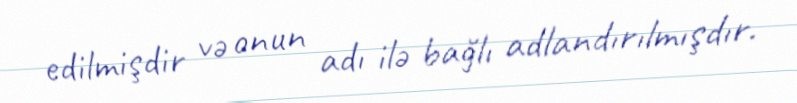
edilmişdir və onun adı ilə bağlı adlandırılmışdır.